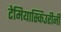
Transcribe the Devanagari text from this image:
टेमियास्किउरीनी